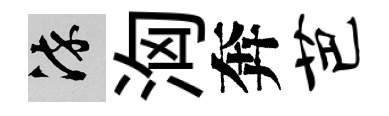
染洶奔芭